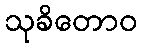
သုခိတောဝ